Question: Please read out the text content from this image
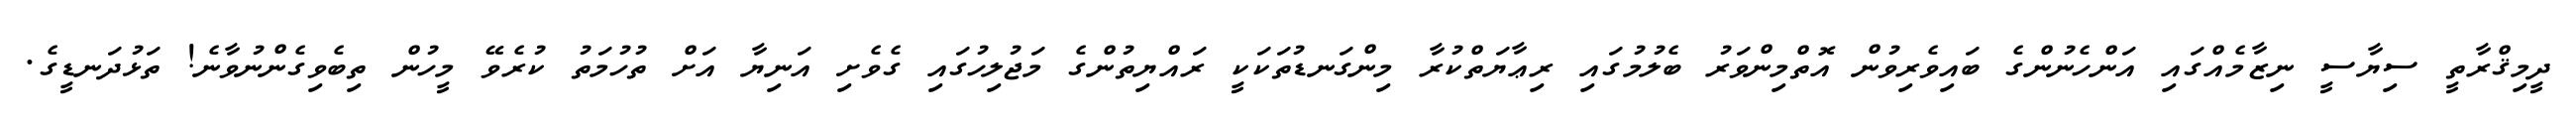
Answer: ދީމިޤްރާތީ ސިޔާސީ ނިޒާމެއްގައި އަންހެނުންގެ ބައިވެރިވުން އޮތްމިންވަރު ބެލުމުގައި ރިޢާޔަތްކުރާ މިންގަނޑުތަކަކީ ރައްޔިތުންގެ މަޖުލިހުގައި ގެވެށި އަނިޔާ އަށް ތުހުމަތު ކުރެވޭ މީހުން ތިބެވިގެންނުވާނެ! ތަޅުދަނޑީގެ.